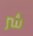
شر